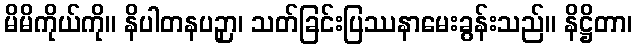
မိမိကိုယ်ကို။ နိပါတနပဉှာ၊ သတ်ခြင်းပြဿနာမေးခွန်းသည်။ နိဋ္ဌိတာ၊